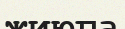
жиюға